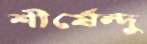
শীর্ষেন্দু